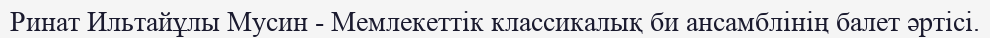
Ринат Ильтайұлы Мусин - Мемлекеттік классикалық би ансамблінің балет әртісі.